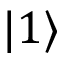
\vert 1 \rangle